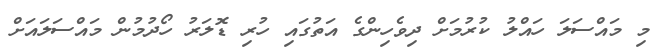
މި މައްސަލަ ހައްލު ކުރުމަށް ދިވެހިންގެ އަތުގައި ހުރި ޑޮލަރު ހޯދުމުން މައްސަލައަށް